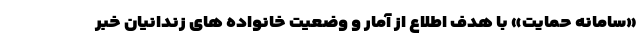
«سامانه حمایت» با هدف اطلاع از آمار و وضعیت خانواده های زندانیان خبر